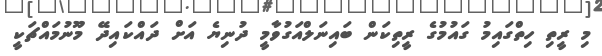
މި ރީތި ހިތްގައިމު ގައުމުގެ ރީތިކަން ބައިނަލްއަގުވާމީ ދުނިޔެ އަށް ދައްކައިދޭ މޫނުމައްޗަކީ